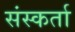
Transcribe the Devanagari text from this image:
संस्कर्ता